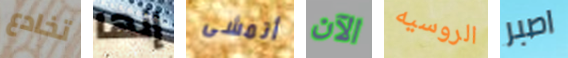
تخادع إنها أتمشى الآن الروسيه اصبر